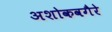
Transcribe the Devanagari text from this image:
अशोकवगैरे